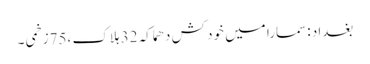
بغداد :سمارا میں خود کش دھماکہ 32 ہلاک ،75زخمی ۔